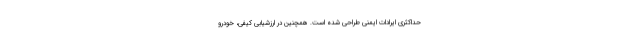
حداکثری ایرادات ایمنی طراحی شده است. همچنین در ارزشیابی کیفی، خودرو